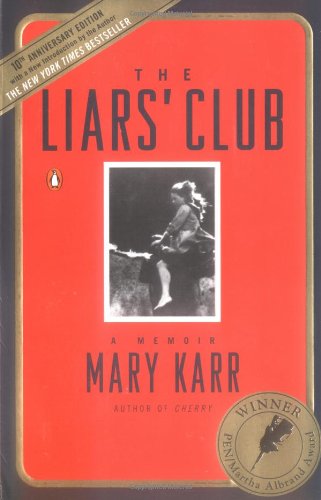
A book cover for The Liars' Club: A Memoir; Mary Karr; Biographies & Memoirs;